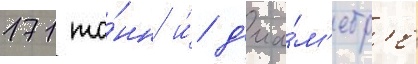
171 то́нн и́ д'иа́м'етр'е